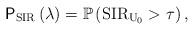
LaTeX: \begin{align*}\mathsf{P}_{\mathrm{SIR}}\left(\lambda\right)=\mathbb{P}\left(\mathrm{SIR}_{\mathrm{U}_{0}}>\tau\right),\end{align*}